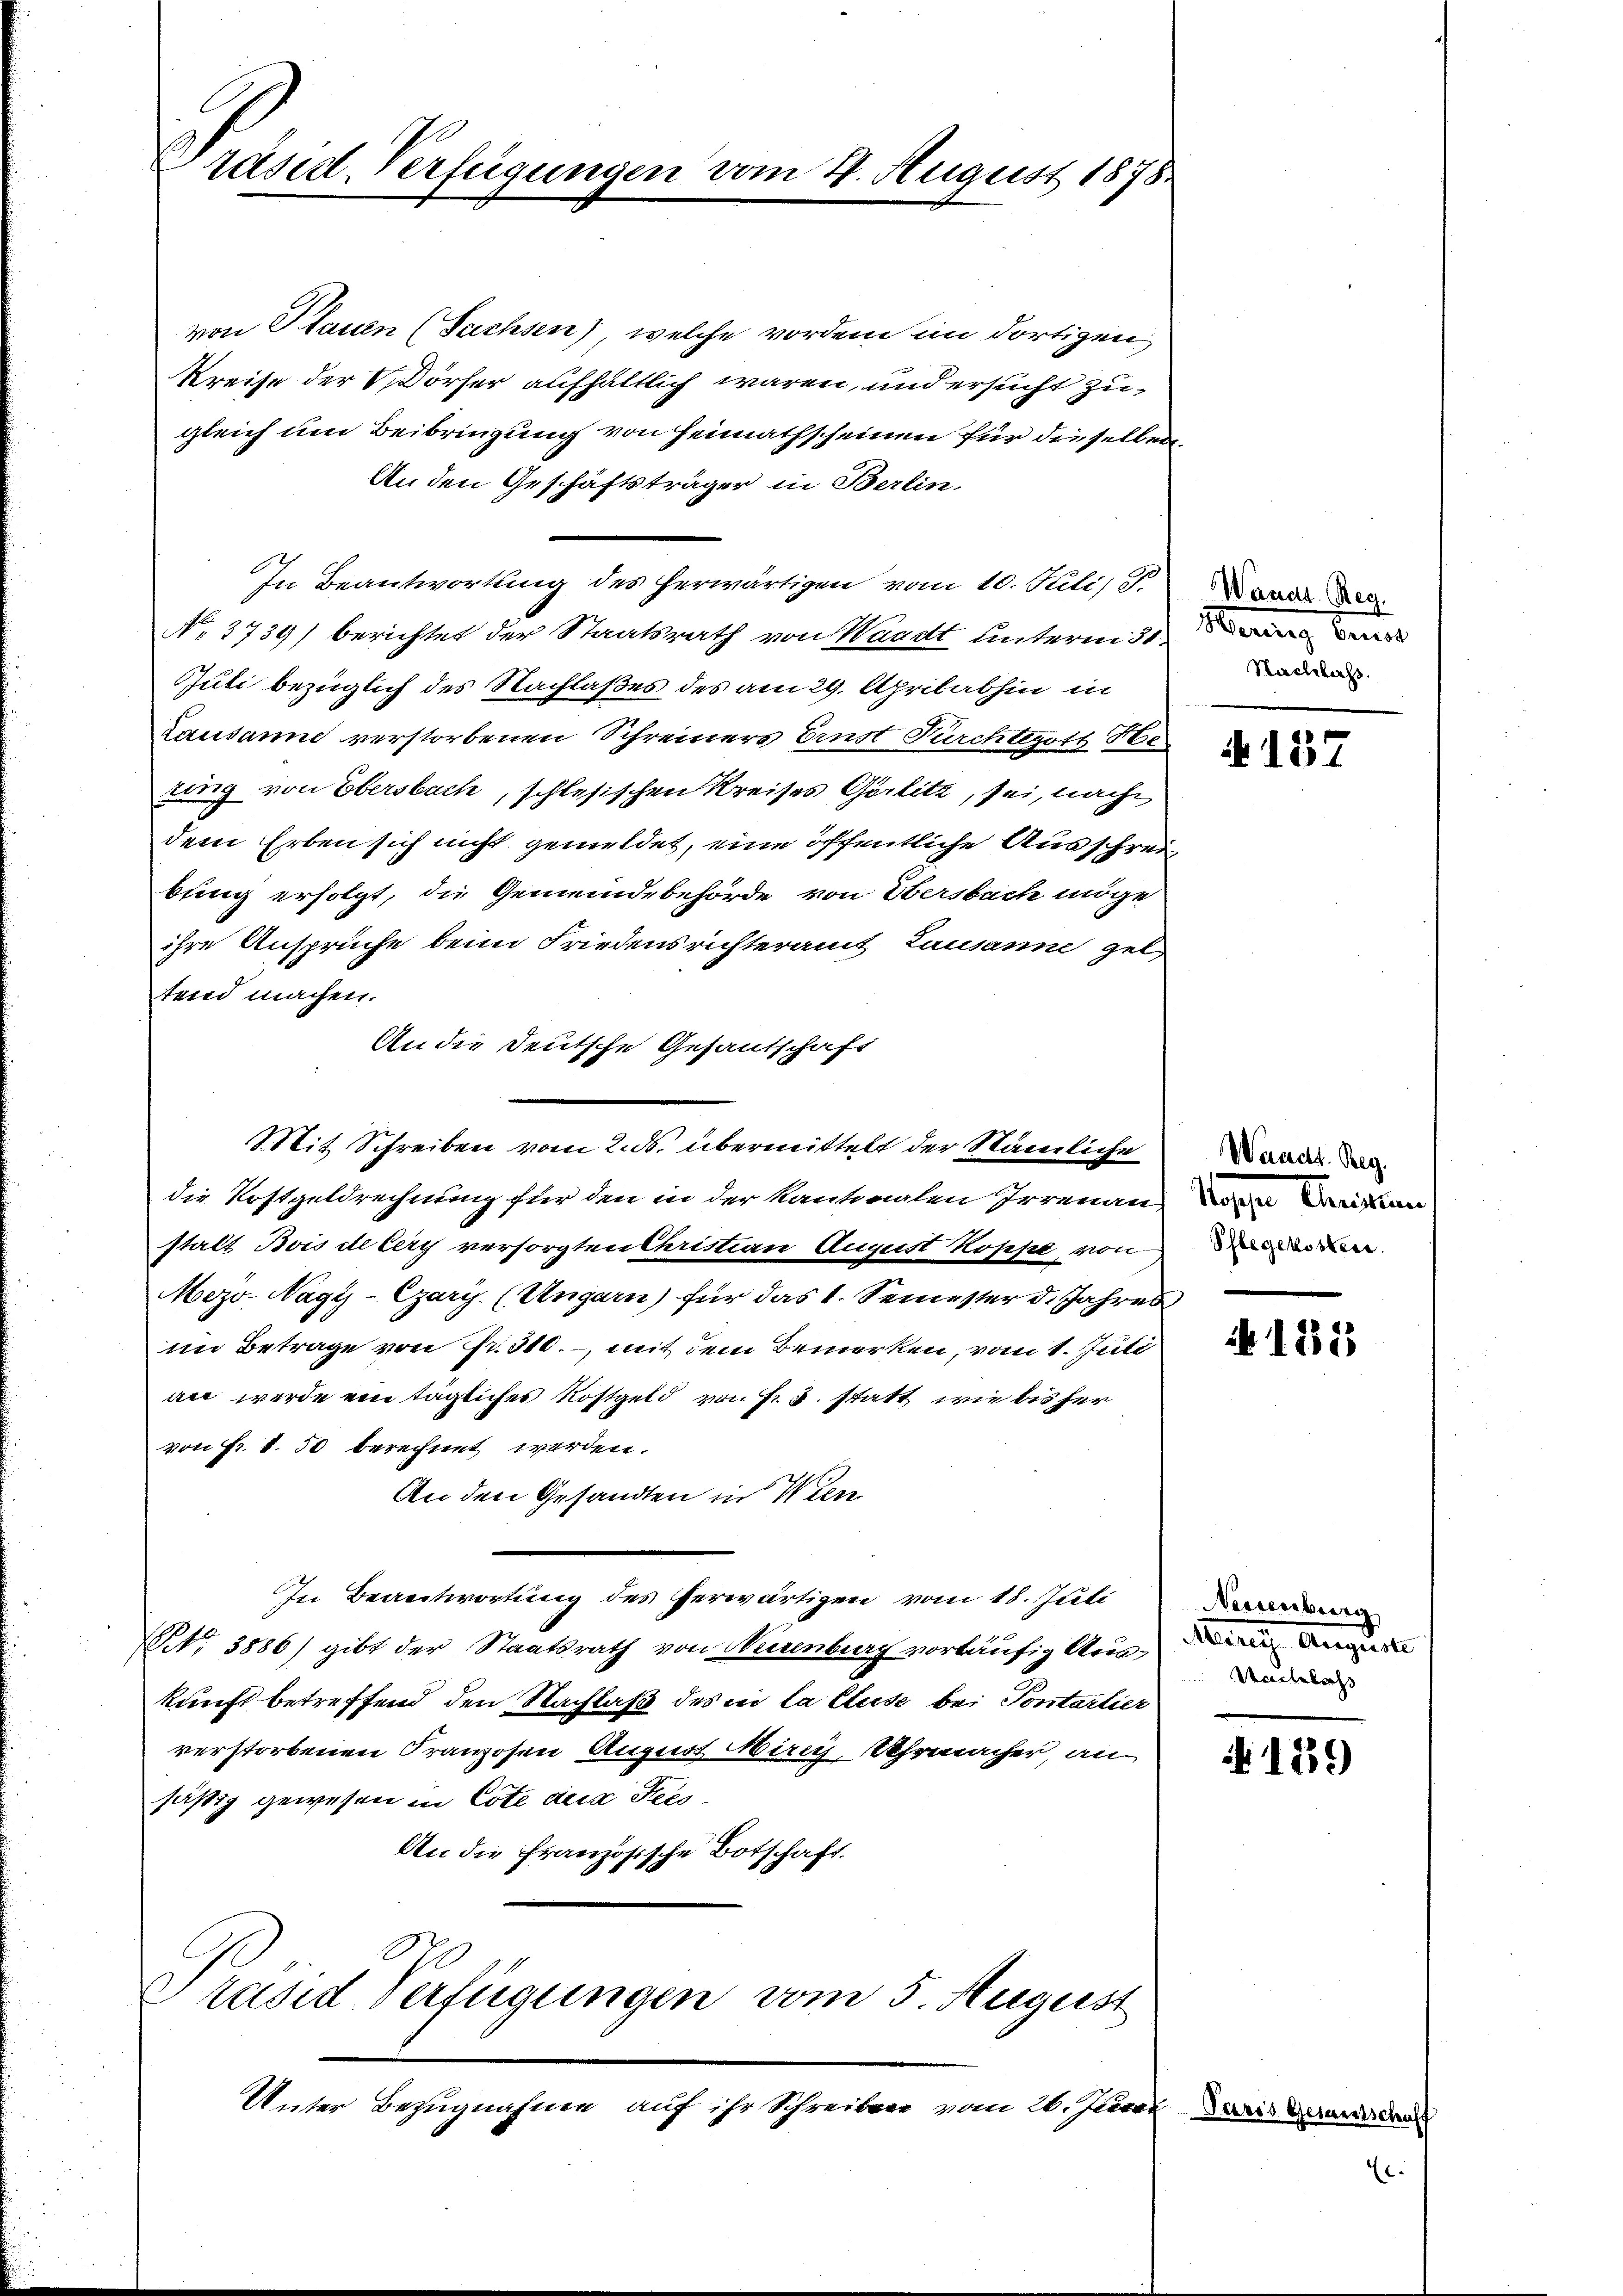
Präsid. Verfügungen

von Plauen (Sachsen), welche vordem im dortigen
Kreise der Dörfer aufhältlich waren, und ersucht zugleich um Beibringung von Heimathscheinen für dieselben
An den Geschäftsträger in Berlin.
In Beantwortung des herwärtigen vom 10. Juli) S.
No. 3739) berichtet der Staatsrath von Waadt unterm 3
Juli bezüglich des Nachlaßes des am 29. April abhin in
Lausanne verstorbenen Schreiners Ernst Durchtgoth Ne
ung von Obersbach, schlesischen Kreises Görlitz, sei, nach
dem Erben sich nicht gemeldet, eine öffentliche Ausschreibung erfolgt, die Gemeindebehörde von Obersbach möge
ihre Anspruche beim Friedensrichteramt Lausanne gel
tend machen.
An die Deutsche Gesandschaft
statt Bois ceter versorgten Christian August Rosse von
Mezo-Nagy-Gary (Ungarn) für das 1. Semester d. Jahres
im Betrage von Fr. 310., mit dem Bemerken, vom 1. Juli
an werde ein tägliches Kostgeld von Fr. 3. statt, wie bisher
von Fr. 1. 50 berechnet werden.
An den Gesandten in Wien
In Beantwortung des herwärtigen vom 18. Juli
NNo. 3886) gibt der Staatsrath von Neuenburg vorläufig Auskunft betreffend den Nachlaß des in la Cluse bei Pontartier
verstorbenen Franzosen August Mirig, Uhrmacher, ansäßig gewesen in Cote des Fees
An die Französische Botschaft.
rased Verfügungen vom 5. August
Unter Bezugnahme auf ihr Schreiben vom 26. Juni

vom 21. August 1878

Mit Schreiben vom 2. ds. übermittelt der Nämliche
die Kostgeldrechnung für den in der Kantonalen Irrenau

Waadt. Reg.
Nachlass.

Waadt. Reg.
tapper Christen,
Pflegekosten.

Neuenburg
Manes Auguste
Undlebachs

N 137

123

189

es Gesandtsch